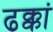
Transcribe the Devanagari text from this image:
ढक्कां